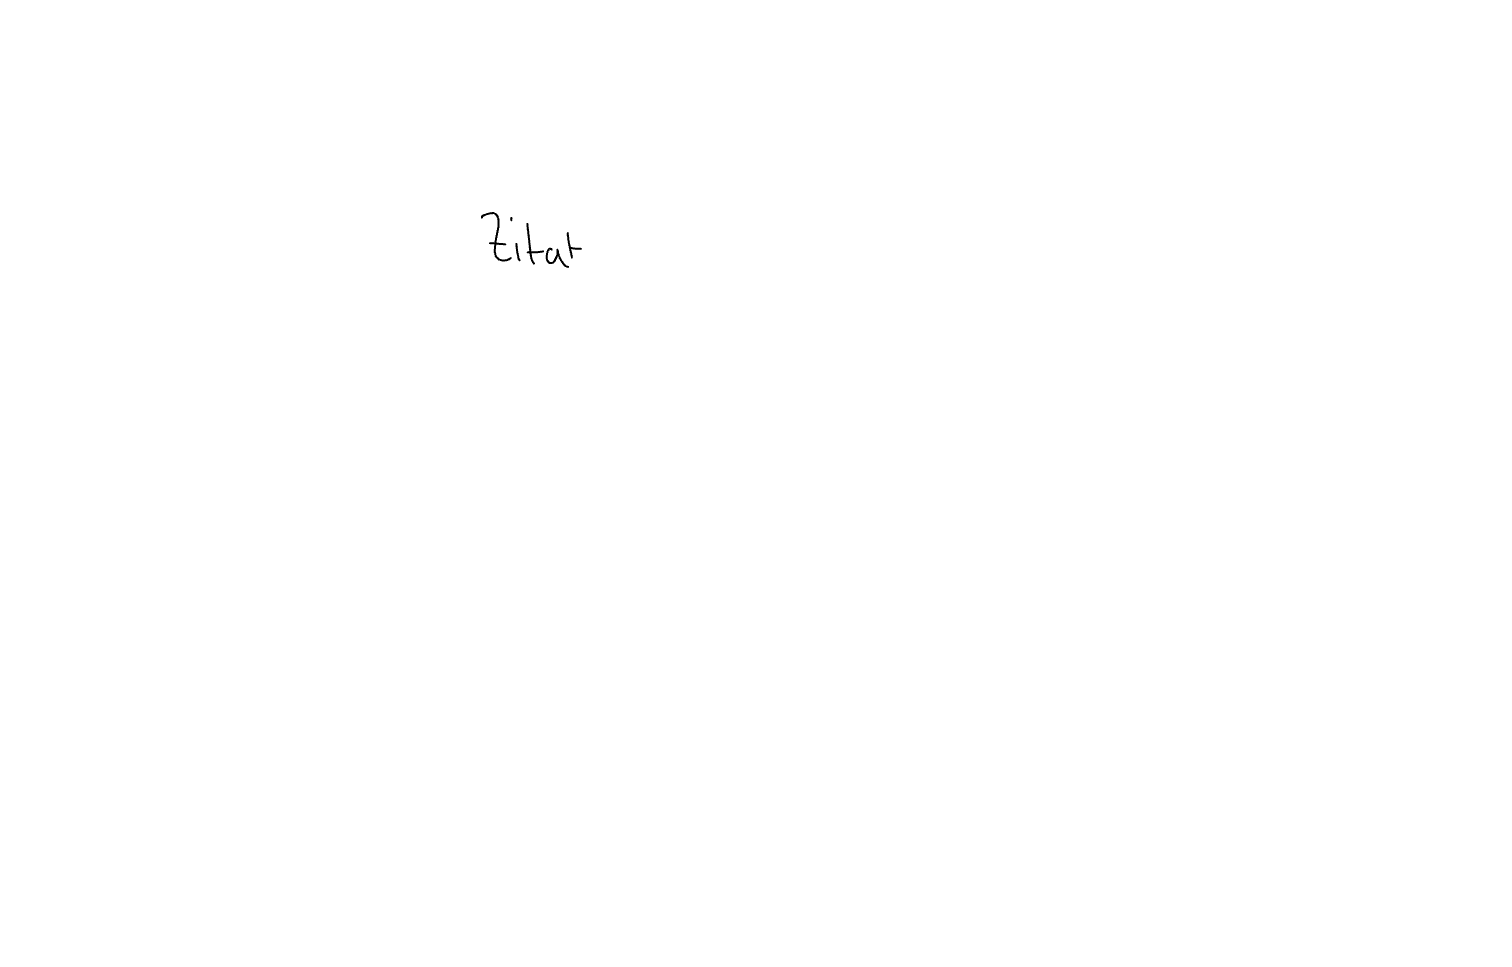
Text: Zitat